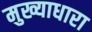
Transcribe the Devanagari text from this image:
मुख्याधारा